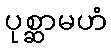
ပုစ္ဆာမဟံ